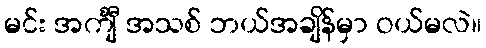
မင်း အင်္ကျီ အသစ် ဘယ်အချိန်မှာ ဝယ်မလဲ။